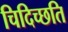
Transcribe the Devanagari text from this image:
चिदिच्छति